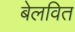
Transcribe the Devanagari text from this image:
बेलवित